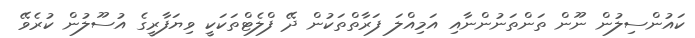
ކައުންސިލުން ނޫން ތަންތަނުންނާއި އަމިއްލަ ފަރާތްތަކުން ދޭ ފްލެޓްތަކަކީ ވިޔަފާރީގެ އުސޫލުން ކުރެވޭ